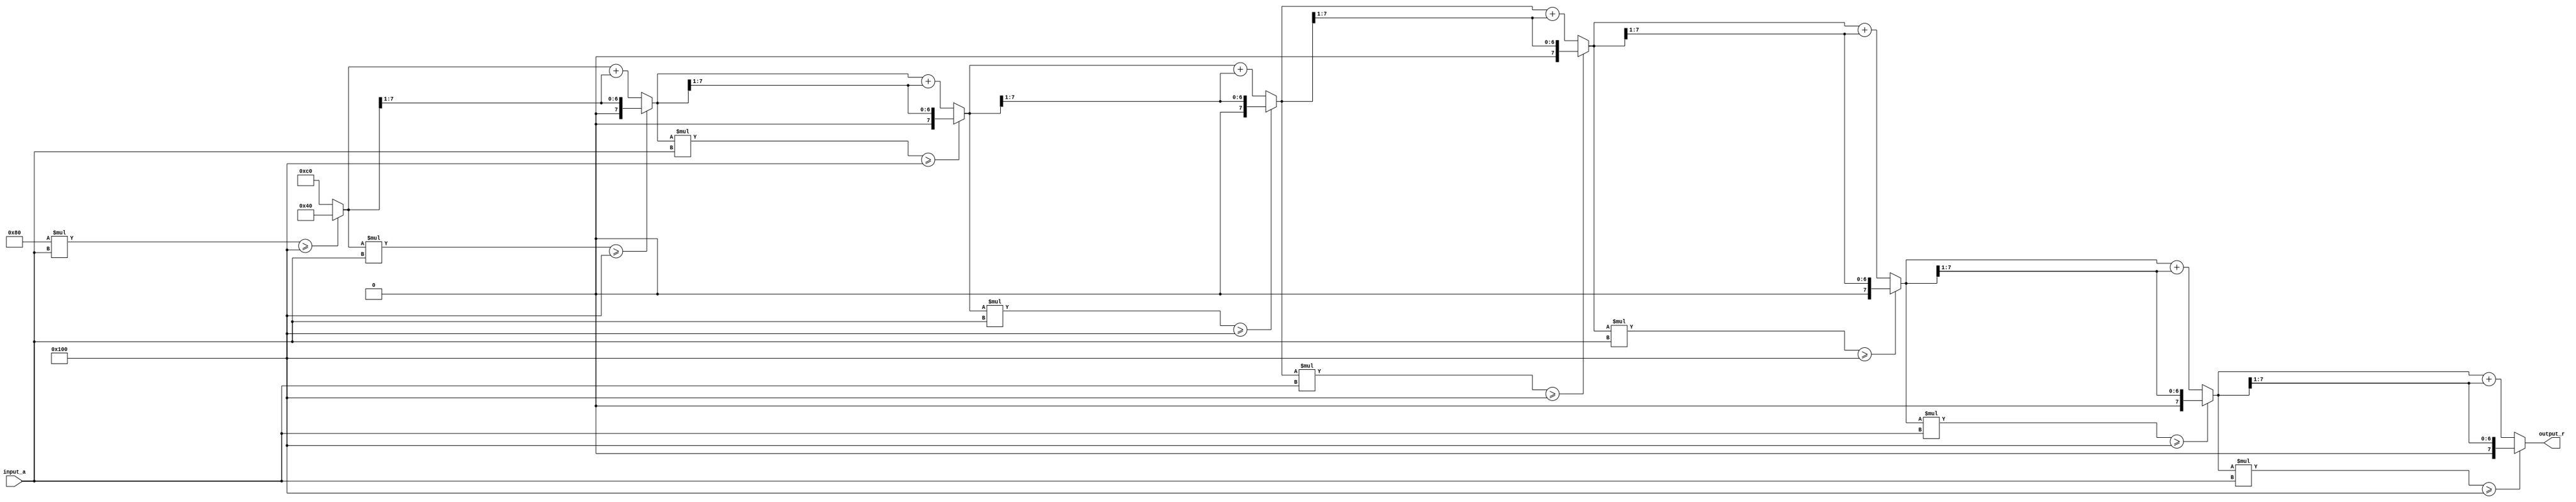
module BitwiseReciprocal #(parameter n = 8, parameter max_iter = 8) (
    input  wire [n-1:0] input_a,  // n-bit unsigned input
    output reg  [n-1:0] output_r   // n-bit unsigned reciprocal output
);

    reg [n-1:0] estimate;           // Current estimate of the reciprocal
    reg [n-1:0] product;            // Product of estimate and input_a
    integer i;                      // Loop counter

    always @(*) begin
        // Initialize the estimate to 2^n (maximum possible value for n bits)
        estimate = {1'b1, {n-1{1'b0}}}; // 2^n
        output_r = 0;                 // Initialize output

        // Iterative refinement process
        for (i = 0; i < max_iter; i = i + 1) begin
            // Calculate product of estimate and input_a
            product = estimate * input_a;

            // Check if product is greater than or less than 2^n
            if (product >= {1'b1, {n{1'b0}}}) begin
                // If product >= 2^n, adjust estimate down
                estimate = estimate >> 1; // Divide estimate by 2
            end else begin
                // If product < 2^n, adjust estimate up
                estimate = estimate + (estimate >> 1); // Multiply estimate by 1.5
            end
        end

        // Finalize output
        output_r = estimate;
    end

endmodule